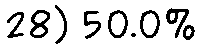
28) 50.0%